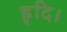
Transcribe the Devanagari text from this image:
हृदि।